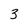
Character: 3